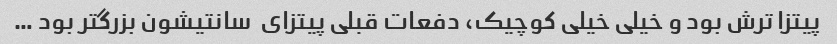
پیتزا ترش بود و خیلی خیلی کوچیک، دفعات قبلی پیتزای  سانتیشون بزرگتر بود …